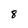
Character: 8